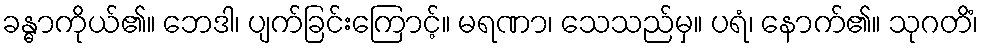
ခန္ဓာကိုယ်၏။ ဘေဒါ၊ ပျက်ခြင်းကြောင့်။ မရဏာ၊ သေသည်မှ။ ပရံ၊ နောက်၏။ သုဂတိံ၊